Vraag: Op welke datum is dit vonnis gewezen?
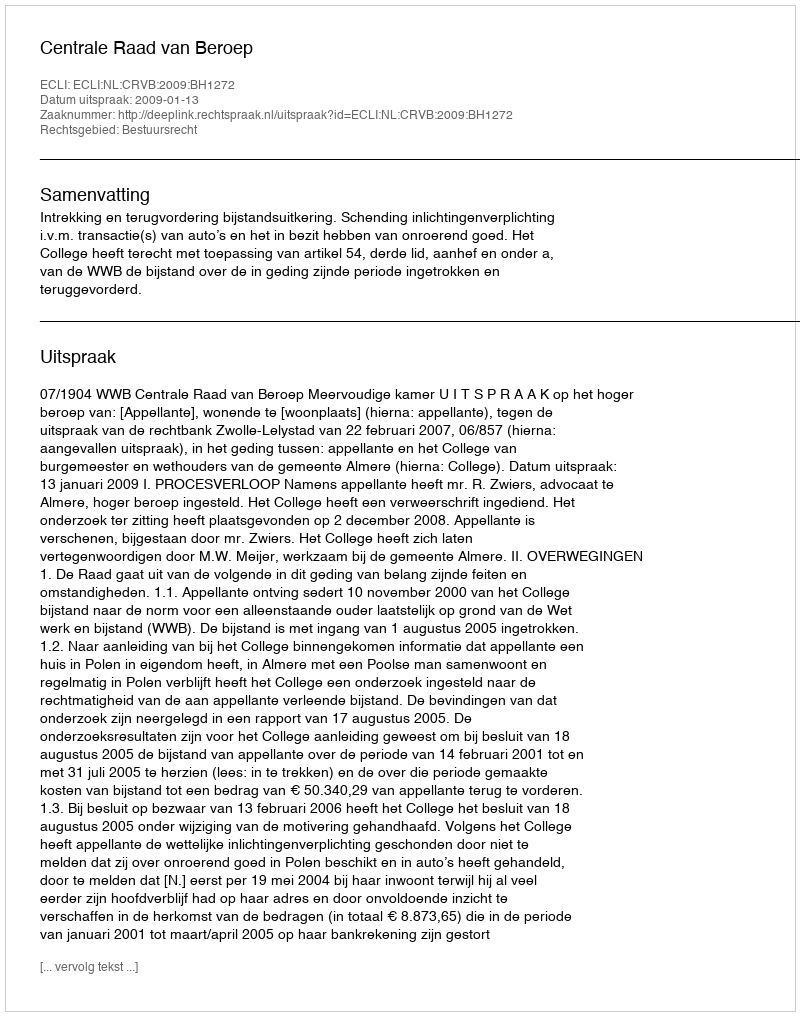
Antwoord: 2009-01-13